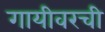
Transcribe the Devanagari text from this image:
गायीवरची